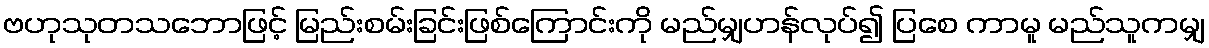
ဗဟုသုတသဘောဖြင့် မြည်းစမ်းခြင်းဖြစ်ကြောင်းကို မည်မျှဟန်လုပ်၍ ပြစေ ကာမူ မည်သူကမျှ